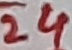
Text: 24